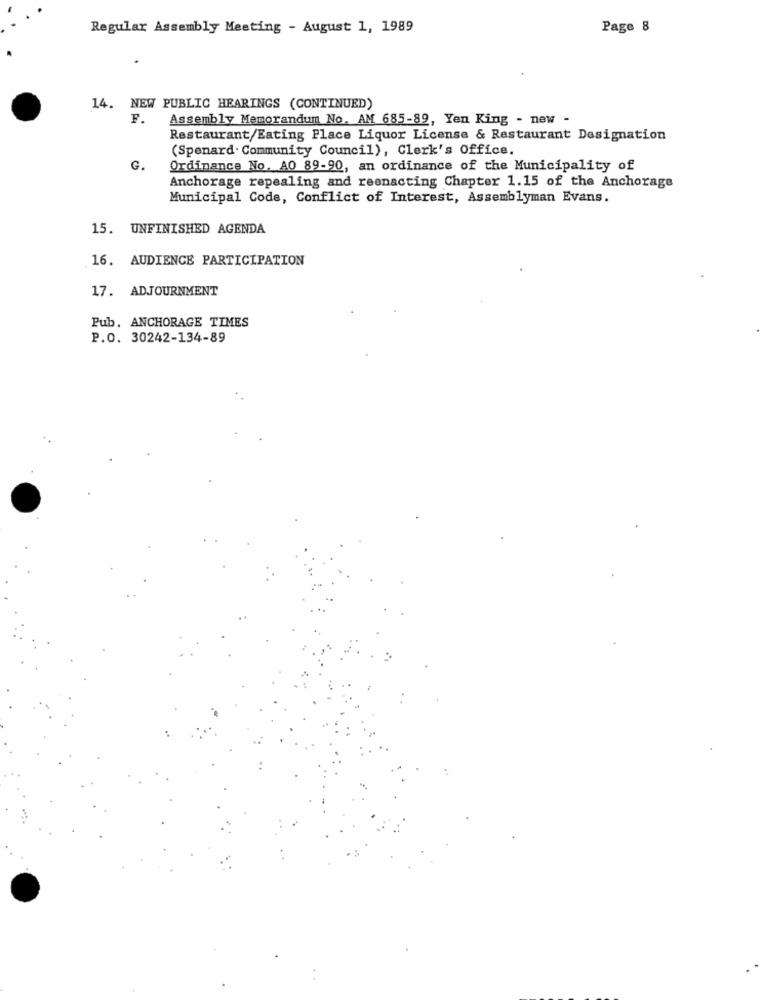
Regular Assembly Meeting - August 1, 1989
Page 8
14. NEW PUBLIC HEARINGS (CONTINUED)
F.
Assembly Memorandum No. AM 685-89, Yen King - new -
Restaurant/Eating Place Liquor License & Restaurant Designation
(Spenard. Community Council), Clerk's Office.
G.
Ordinance No. AO 89-90, an ordinance of the Municipality of
Anchorage repealing and reenacting Chapter 1.15 of the Anchorage
Municipal Code, Conflict of Interest, Assemblyman Evans.
15. UNFINISHED AGENDA
16. AUDIENCE PARTICIPATION
17. ADJOURNMENT
Pub. ANCHORAGE TIMES
P.O. 30242-134-89